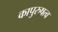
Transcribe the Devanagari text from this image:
कापुरुषत्व